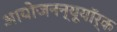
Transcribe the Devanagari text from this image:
आयोजनन्यूयॉर्क